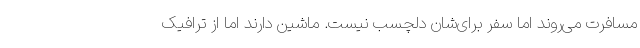
مسافرت می‌روند اما سفر برای‌شان دلچسب نیست. ماشین دارند اما از ترافیک